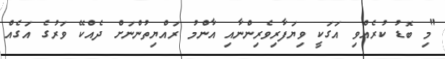
"މި ބޮޑު ކުރެއްވި އަގަކީ ވިޔަފާރިވެރިންނާއި އާންމު ރައްޔިތުންނަށް ދެއްކޭ ވަރުގެ އަގެއް